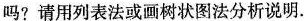
吗?请用列表法或画树状图法分析说明.